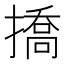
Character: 撟